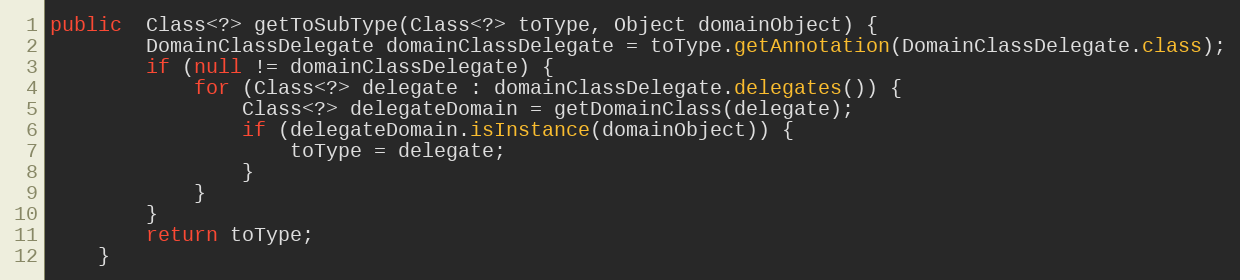
Language: Java
public  Class<?> getToSubType(Class<?> toType, Object domainObject) {
        DomainClassDelegate domainClassDelegate = toType.getAnnotation(DomainClassDelegate.class);
        if (null != domainClassDelegate) {
            for (Class<?> delegate : domainClassDelegate.delegates()) {
                Class<?> delegateDomain = getDomainClass(delegate);
                if (delegateDomain.isInstance(domainObject)) {
                    toType = delegate;
                }
            }
        }
        return toType;
    }